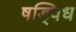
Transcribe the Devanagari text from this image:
षड्विध